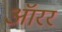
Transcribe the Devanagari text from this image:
ऑरर